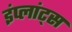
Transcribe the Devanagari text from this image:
इंप्लांट्स